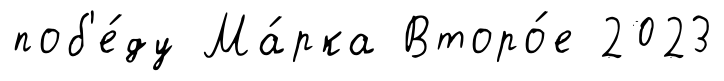
поб'е́ду Ма́рка Второ́е 2023